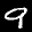
Label: 9